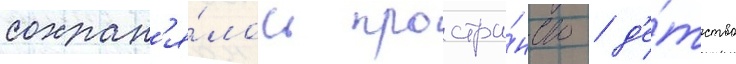
сохран'я́лось простра́нство / д'е́тство